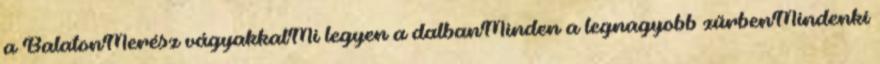
a BalatonMerész vágyakkalMi legyen a dalbanMinden a legnagyobb zűrbenMindenki